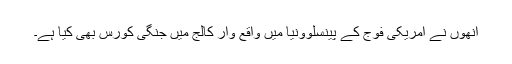
انھوں نے امریکی فوج کے پینسلوونیا میں واقع وار کالج میں جنگی کورس بھی کیا ہے۔